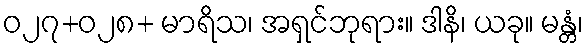
ဝ၂၇+ဝ၂၈+ မာရိသ၊ အရှင်ဘုရား။ ဒါနိ၊ ယခု။ မန္တံ၊